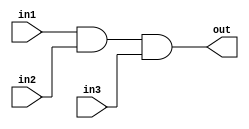
/*
    CS/ECE 552 Spring '23
    Homework #1, Problem 2

    3 input AND
*/
`default_nettype none
module and3 (out,in1,in2,in3);
    output wire out;
    input wire in1,in2,in3;
    assign out = (in1 & in2 & in3);
endmodule
`default_nettype wire